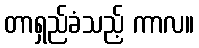
တာရှည်ခံသည့် ကာလ။